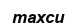
тахси